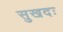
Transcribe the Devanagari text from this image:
सुखदः